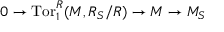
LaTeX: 0 \to \operatorname { T o r } _ { 1 } ^ { R } ( M , R _ { S } / R ) \to M \to M _ { S }